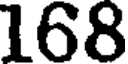
168